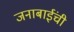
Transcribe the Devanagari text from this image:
जनाबाईंची